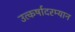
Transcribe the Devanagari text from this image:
उत्कर्षादरम्यान